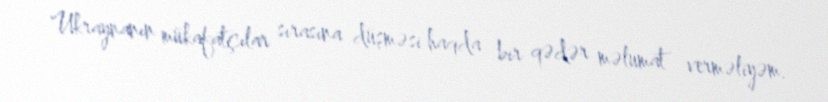
Ukraynanın mükafatçılar sırasına düşməsi haqda bir qədər məlumat verməliyəm.